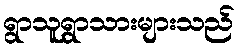
ရွာသူရွာသားများသည်